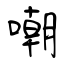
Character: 嘲